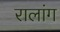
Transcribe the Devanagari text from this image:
रालांग